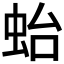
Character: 𧉟